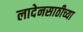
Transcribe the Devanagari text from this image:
लादेनसाठीच्या